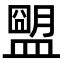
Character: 𥂗